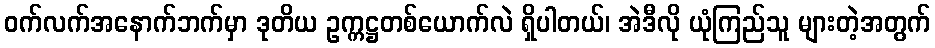
ဝက်လက်အနောက်ဘက်မှာ ဒုတိယ ဥက္ကဋ္ဌတစ်ယောက်လဲ ရှိပါတယ်၊ အဲဒီလို ယုံကြည်သူ များတဲ့အတွက်